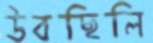
উবছিলি